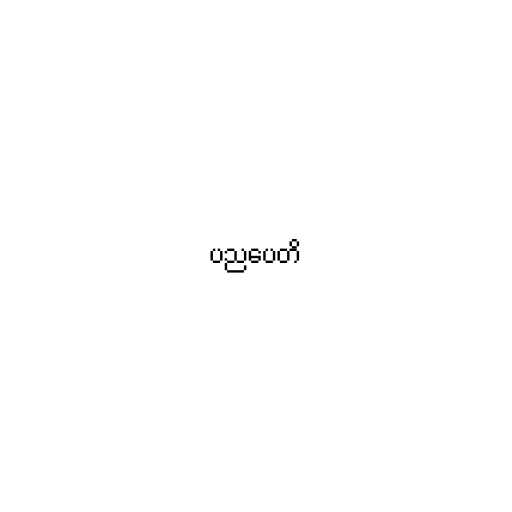
ပညပေတိ